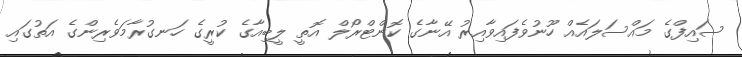
ސައިފްގެ މައްސަލައެއް ހޫނުވެފައިވާއިރު އޭނާގެ ކޮންޓްރޯލް އޮތީ ލީބިއާގެ ކުރީގެ ހަނގުރާމަވެރިންގެ އަތުގައި